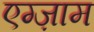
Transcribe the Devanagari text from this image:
एग्ज़ाम